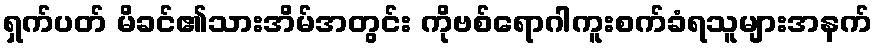
ရှက်ပတ် မိခင်၏သားအိမ်အတွင်း ကိုဗစ်ရောဂါကူးစက်ခံရသူများအနက်